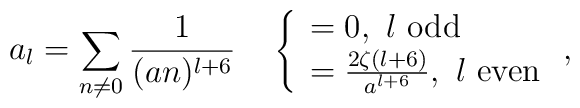
a_l=\sum_{n\neq 0}\frac{1}{(an)^{l+6}}\quad\left\{\begin{array}{l} =0,\ l\  \mathrm{odd}\\ =\frac{2\zeta(l+6)}{a^{l+6}},\ l\ \mathrm{even} \end{array}\right. ,